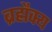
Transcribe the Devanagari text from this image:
ब्रह्मैक्य